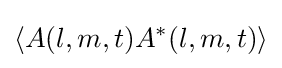
\langle A(l,m,t)A^{*}(l,m,t)\rangle